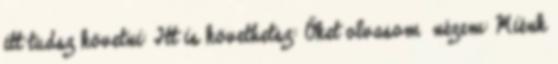
itt tudsz követni: Itt is követhetsz: Őket olvasom nézem: Miénk